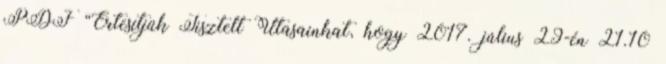
PDF “Értesítjük Tisztelt Utasainkat, hogy 2017. július 29-én 21.10